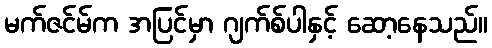
မက်ဇင်မ်က အပြင်မှာ ဂျက်စ်ပါနှင့် ဆော့နေသည်။